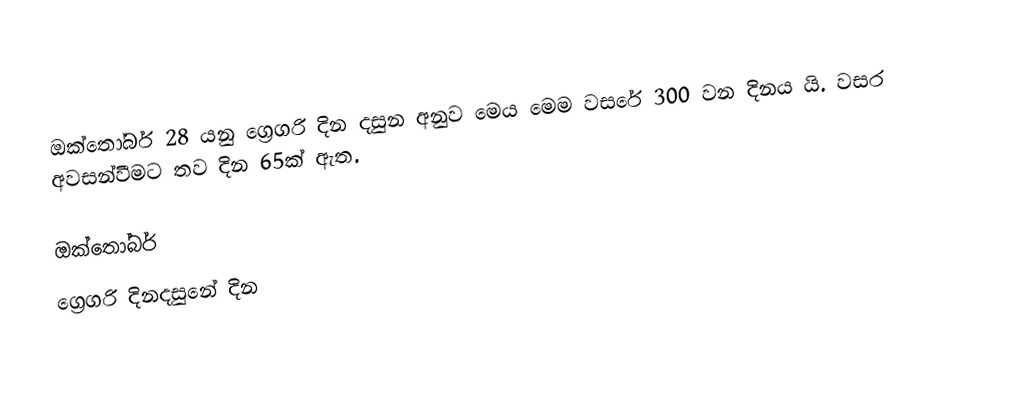
ඔක්තෝබර් 28 යනු ග්‍රෙගරි දින දසුන අනුව මෙය මෙම වසරේ 300 වන දිනය යි. වසර අවසන්වීමට තව දින 65ක් ඇත.

ඔක්තෝබර්
ග්‍රෙගරි දිනදසුනේ දින